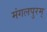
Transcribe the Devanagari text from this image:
मंगलपुरम्